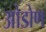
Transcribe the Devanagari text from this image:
ओडोण